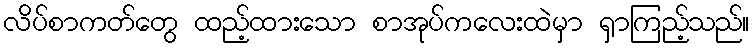
လိပ်စာကတ်တွေ ထည့်ထားသော စာအုပ်ကလေးထဲမှာ ရှာကြည့်သည်။